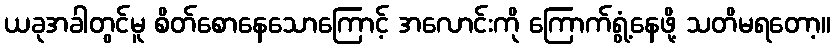
ယခုအခါတွင်မူ စိတ်စောနေသောကြောင့် အလောင်းကို ကြောက်ရွံ့နေဖို့ သတိမရတော့။